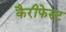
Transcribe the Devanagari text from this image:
कैरीफेस्ट